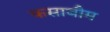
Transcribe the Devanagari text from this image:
कसाबौम